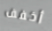
أخفف